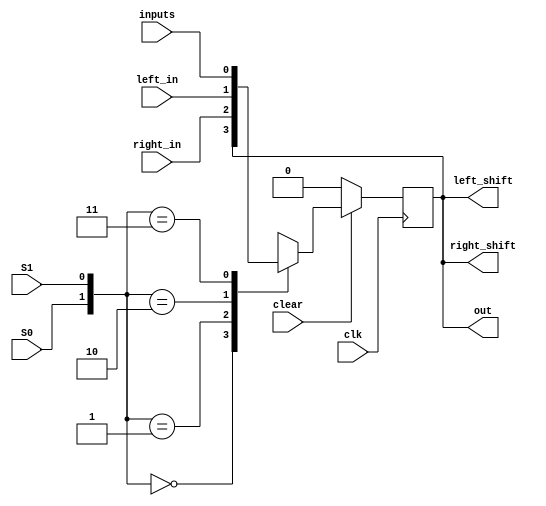
module universal_shift_register(
	left_in, 
	left_shift, 
	right_shift,
	right_in,
	inputs,
	out,
	S1, S0, clear, clk);
	input inputs, left_in, right_in, S1, S0, clear, clk;
	output left_shift, out, right_shift;
	
	reg q;
	
	always @(posedge clk)
		begin
			if (clear == 1'b0)
				begin
					q <= 1'b0;
				end
			else 
				begin
					case ({S0, S1})
						2'b00:
							q <= q;
						2'b01:
							q <= right_in;
						2'b10:
							q <= left_in;
						2'b11:
							q <= inputs;
							
					endcase
				end
		end
		
	assign out = q;
	assign left_shift = q;
	assign right_shift = q;
	
endmodule